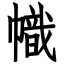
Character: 幟